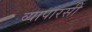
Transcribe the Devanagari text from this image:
व्यापारसी